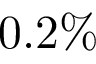
0 . 2 \%